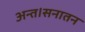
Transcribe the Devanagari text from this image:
अन्त।सनातन